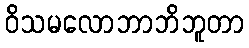
ဝိသမလောဘာဘိဘူတာ